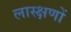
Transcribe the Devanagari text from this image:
लास्क्षणों